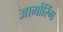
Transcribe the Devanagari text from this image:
आर्मोरिंग